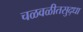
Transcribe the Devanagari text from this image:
चळवळीतसुद्धा